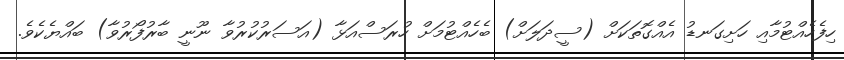
ހިފެހެއްޓުމާއި ހަށިގަނޑު އެއްގޮތަކަށް (ސީދަލަށް) ބެހެއްޓުމަށް ހުރަސްއަޅާ (އަސަރުކުރުވާ ނޫނީ ބާރުފޯރުވާ) ބައްޔެކެވެ.